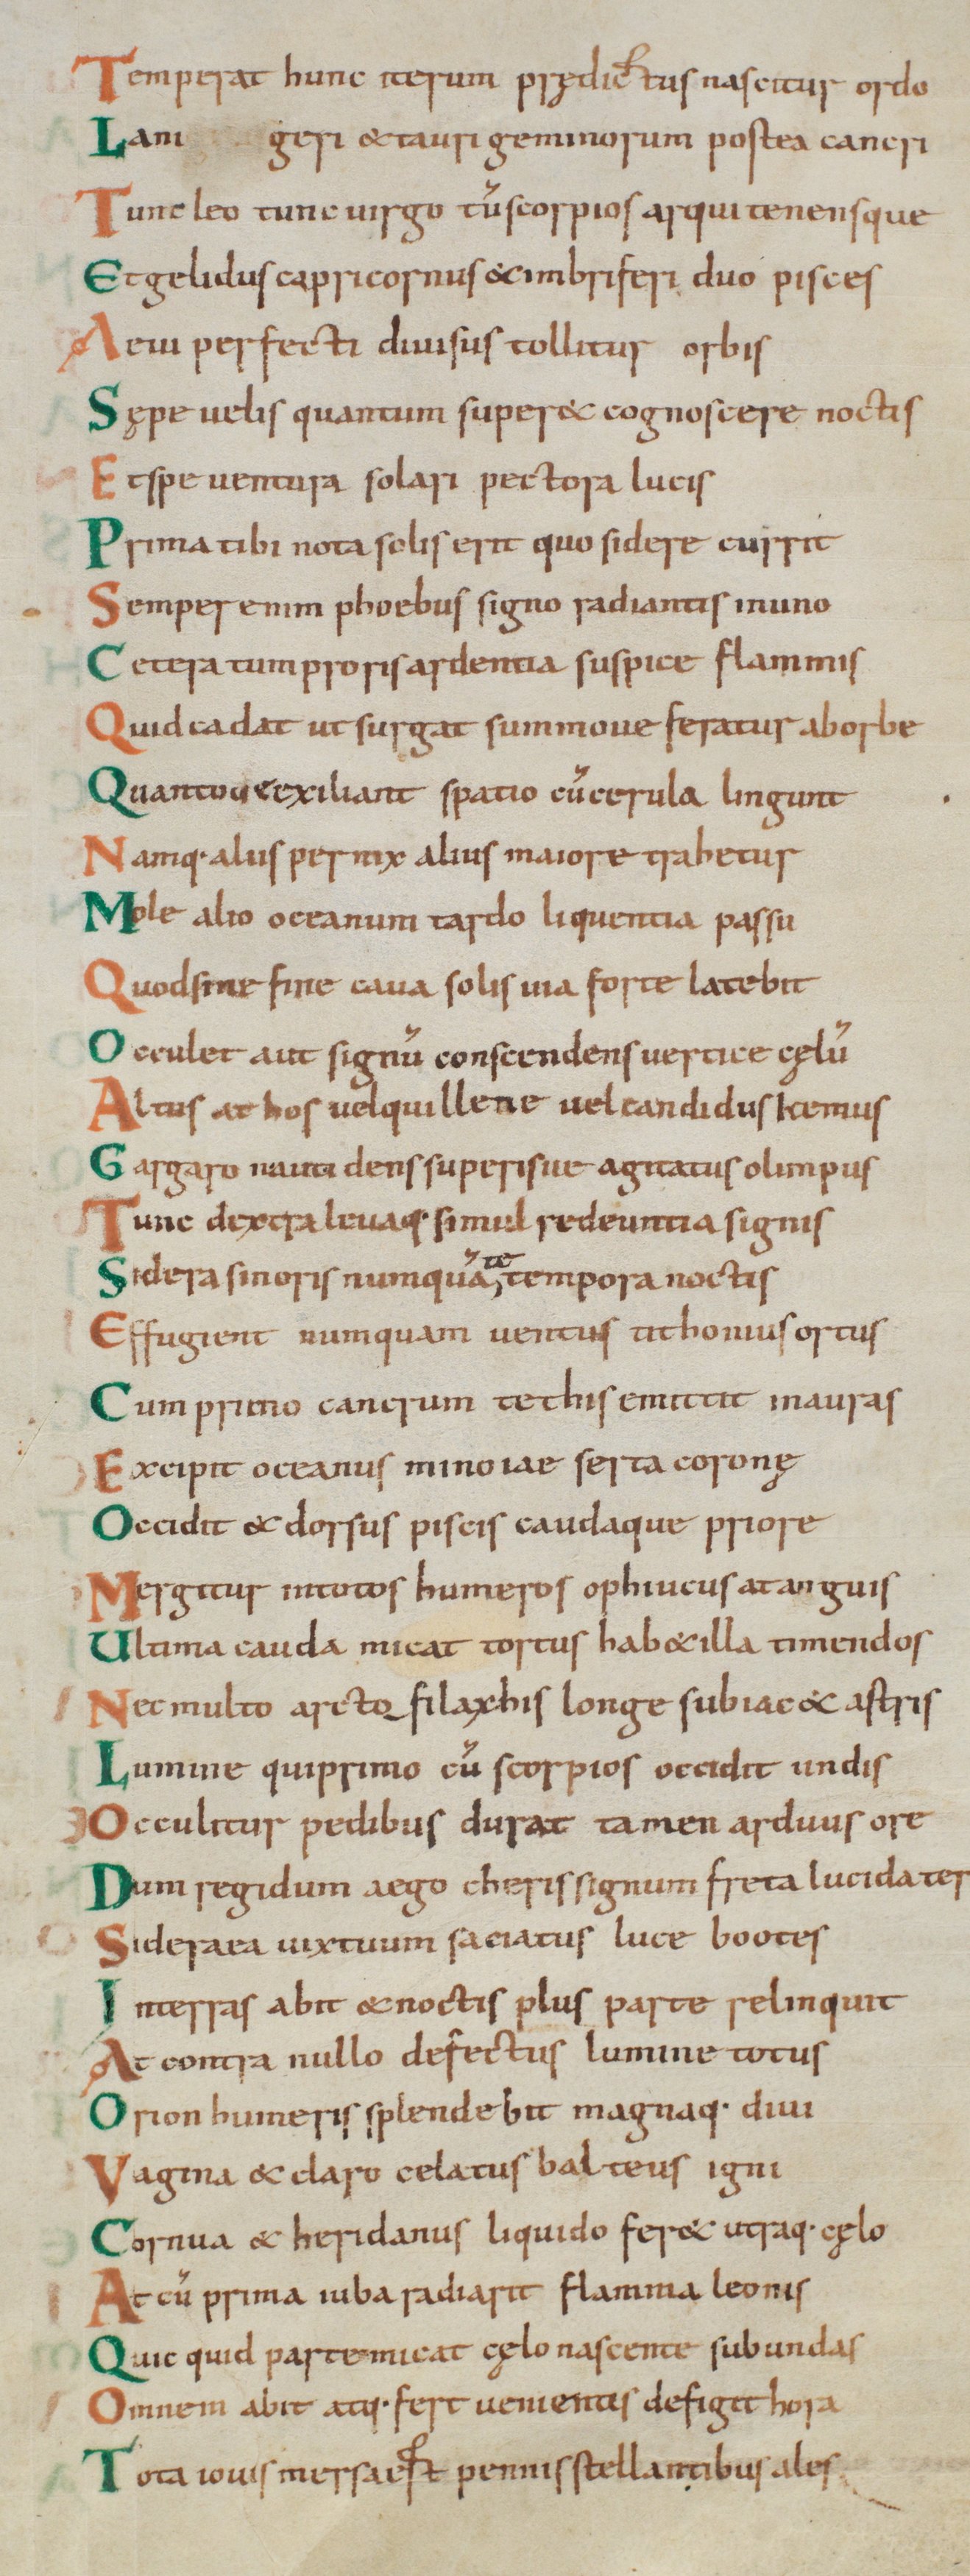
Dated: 1000–1028